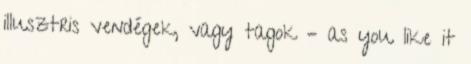
illuszt­ris ven­dégek, vagy tagok – as you like it